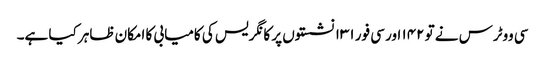
سی ووٹرس نے تو ۱۴۲ اور سی فور ۱۳۱ نشستوں پر کانگریس کی کامیابی کا امکان ظاہر کیا ہے۔